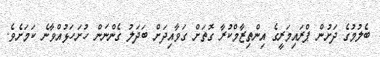
ބެލުމުގެ ދަށުން ޕްރައިމަރީގެ އިންތިޒާމްކުރާ ގޮތަށް ގަވާއިދަށް ބަދަލު ގެންނަން ހުށަހަޅުއްވާނެ ކަމަށެވެ.